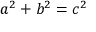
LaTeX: a ^ { 2 } + b ^ { 2 } = c ^ { 2 }